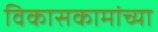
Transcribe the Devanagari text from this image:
विकासकामांच्या